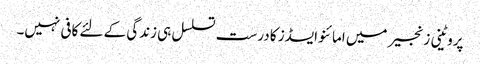
پروٹینی زنجیر میں امائنو ایسڈز کا درست تسلسل ہی زندگی کے لئے کافی نہیں۔